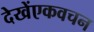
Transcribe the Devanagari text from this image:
देखेंएकवचन